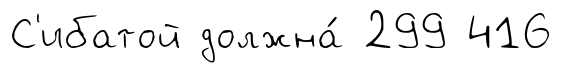
С'ибатой должна́ 299 416